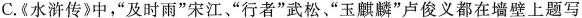
C.《水浒传》中，“及时雨”宋江“行者”武松“玉麒麟”卢俊义都在墙壁上题写